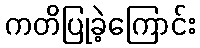
ကတိပြုခဲ့ကြောင်း